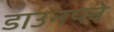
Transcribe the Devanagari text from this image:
डाउनप्ले